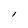
Character: l